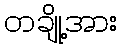
တချို့အား